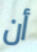
أن